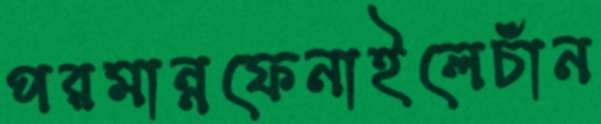
পরমান্নফেনাইলেচাঁন